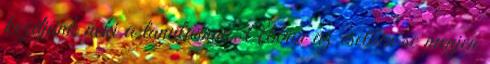
kezdjünk neki a tanulásnak. Abban az esetben se menjen